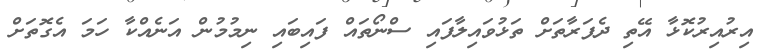
އިރުއިރުކޮޅާ އޭތި ދެފަރާތަށް ތަޅުވައިލާފައި ސްނޯތައް ފައިބައި ނިމުމުން އަނެއްކާ ހަމަ އެގޮތަށް